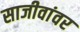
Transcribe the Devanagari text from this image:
साजीवांवर